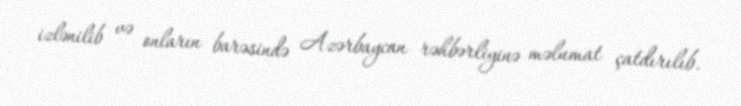
izlənilib və onların barəsində Azərbaycan rəhbərliyinə məlumat çatdırılıb.